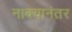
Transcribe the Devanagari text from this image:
नाक्यानंतर